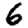
Digit: 6